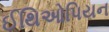
ઈથિઓપિયન